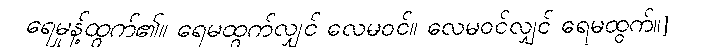
ရေမှုန့်ထွက်၏။ ရေမထွက်လျှင် လေမဝင်။ လေမဝင်လျှင် ရေမထွက်။]